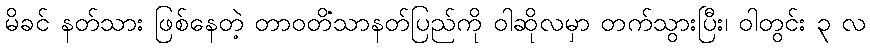
မိခင် နတ်သား ဖြစ်နေတဲ့ တာဝတိံသာနတ်ပြည်ကို ဝါဆိုလမှာ တက်သွားပြီး၊ ဝါတွင်း ၃ လ